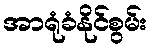
အာရုံခံနိုင်စွမ်း